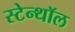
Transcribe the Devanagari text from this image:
स्टेन्थॉल